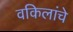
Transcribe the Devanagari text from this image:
वकिलांचे